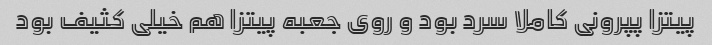
پیتزا پپرونی کاملا سرد بود و روی جعبه پیتزا هم خیلی کثیف بود